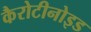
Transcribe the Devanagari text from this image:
कैरोटीनोइड